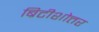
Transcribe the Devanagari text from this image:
ब्रिटीशोत्तर